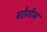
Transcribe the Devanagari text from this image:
गोर्गेस